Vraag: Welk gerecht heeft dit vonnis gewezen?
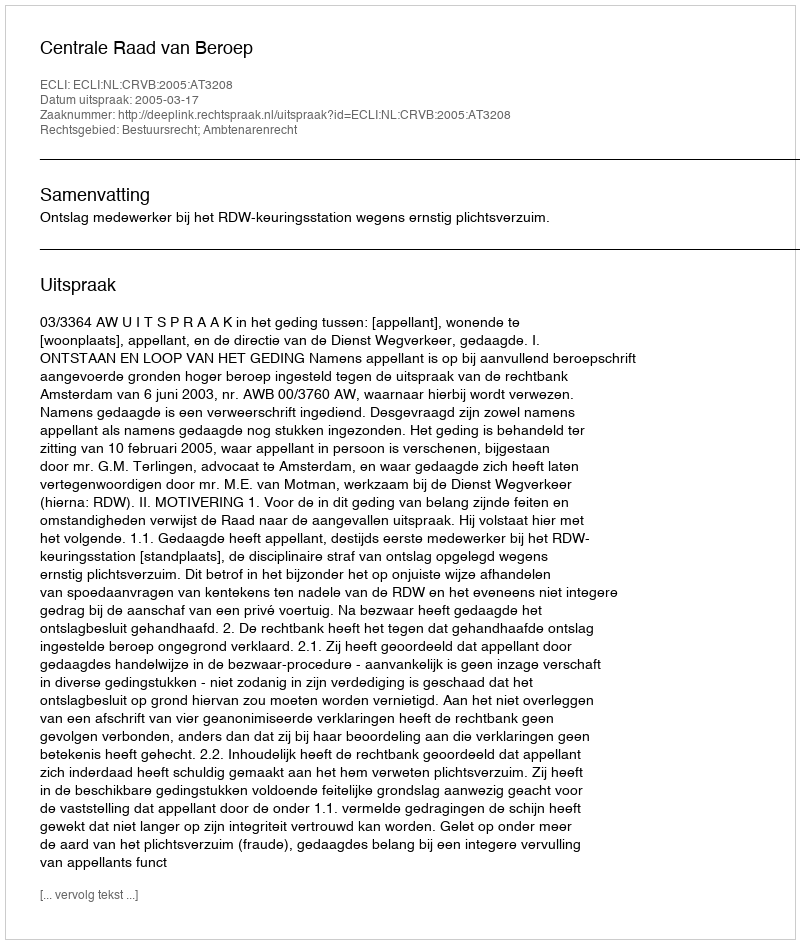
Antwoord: Centrale Raad van Beroep